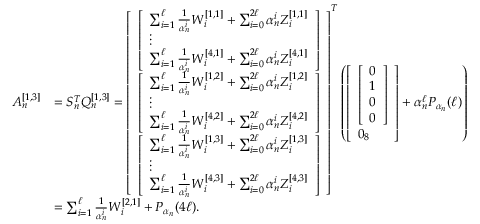
\begin{array} { r l } { A _ { n } ^ { [ 1 , 3 ] } } & { = S _ { n } ^ { T } Q _ { n } ^ { [ 1 , 3 ] } = \left[ \begin{array} { l } { \left[ \begin{array} { l } { \sum _ { i = 1 } ^ { \ell } \frac { 1 } { \alpha _ { n } ^ { i } } W _ { i } ^ { [ 1 , 1 ] } + \sum _ { i = 0 } ^ { 2 \ell } \alpha _ { n } ^ { i } Z _ { i } ^ { [ 1 , 1 ] } } \\ { \vdots } \\ { \sum _ { i = 1 } ^ { \ell } \frac { 1 } { \alpha _ { n } ^ { i } } W _ { i } ^ { [ 4 , 1 ] } + \sum _ { i = 0 } ^ { 2 \ell } \alpha _ { n } ^ { i } Z _ { i } ^ { [ 4 , 1 ] } } \end{array} \right] } \\ { \left[ \begin{array} { l } { \sum _ { i = 1 } ^ { \ell } \frac { 1 } { \alpha _ { n } ^ { i } } W _ { i } ^ { [ 1 , 2 ] } + \sum _ { i = 0 } ^ { 2 \ell } \alpha _ { n } ^ { i } Z _ { i } ^ { [ 1 , 2 ] } } \\ { \vdots } \\ { \sum _ { i = 1 } ^ { \ell } \frac { 1 } { \alpha _ { n } ^ { i } } W _ { i } ^ { [ 4 , 2 ] } + \sum _ { i = 0 } ^ { 2 \ell } \alpha _ { n } ^ { i } Z _ { i } ^ { [ 4 , 2 ] } } \end{array} \right] } \\ { \left[ \begin{array} { l } { \sum _ { i = 1 } ^ { \ell } \frac { 1 } { \alpha _ { n } ^ { i } } W _ { i } ^ { [ 1 , 3 ] } + \sum _ { i = 0 } ^ { 2 \ell } \alpha _ { n } ^ { i } Z _ { i } ^ { [ 1 , 3 ] } } \\ { \vdots } \\ { \sum _ { i = 1 } ^ { \ell } \frac { 1 } { \alpha _ { n } ^ { i } } W _ { i } ^ { [ 4 , 3 ] } + \sum _ { i = 0 } ^ { 2 \ell } \alpha _ { n } ^ { i } Z _ { i } ^ { [ 4 , 3 ] } } \end{array} \right] } \end{array} \right] ^ { T } \left( \left[ \begin{array} { l } { \left[ \begin{array} { l } { 0 } \\ { 1 } \\ { 0 } \\ { 0 } \end{array} \right] } \\ { 0 _ { 8 } } \end{array} \right] + \alpha _ { n } ^ { \ell } P _ { \alpha _ { n } } ( \ell ) \right) } \\ & { = \sum _ { i = 1 } ^ { \ell } \frac { 1 } { \alpha _ { n } ^ { i } } W _ { i } ^ { [ 2 , 1 ] } + P _ { \alpha _ { n } } ( 4 \ell ) . } \end{array}